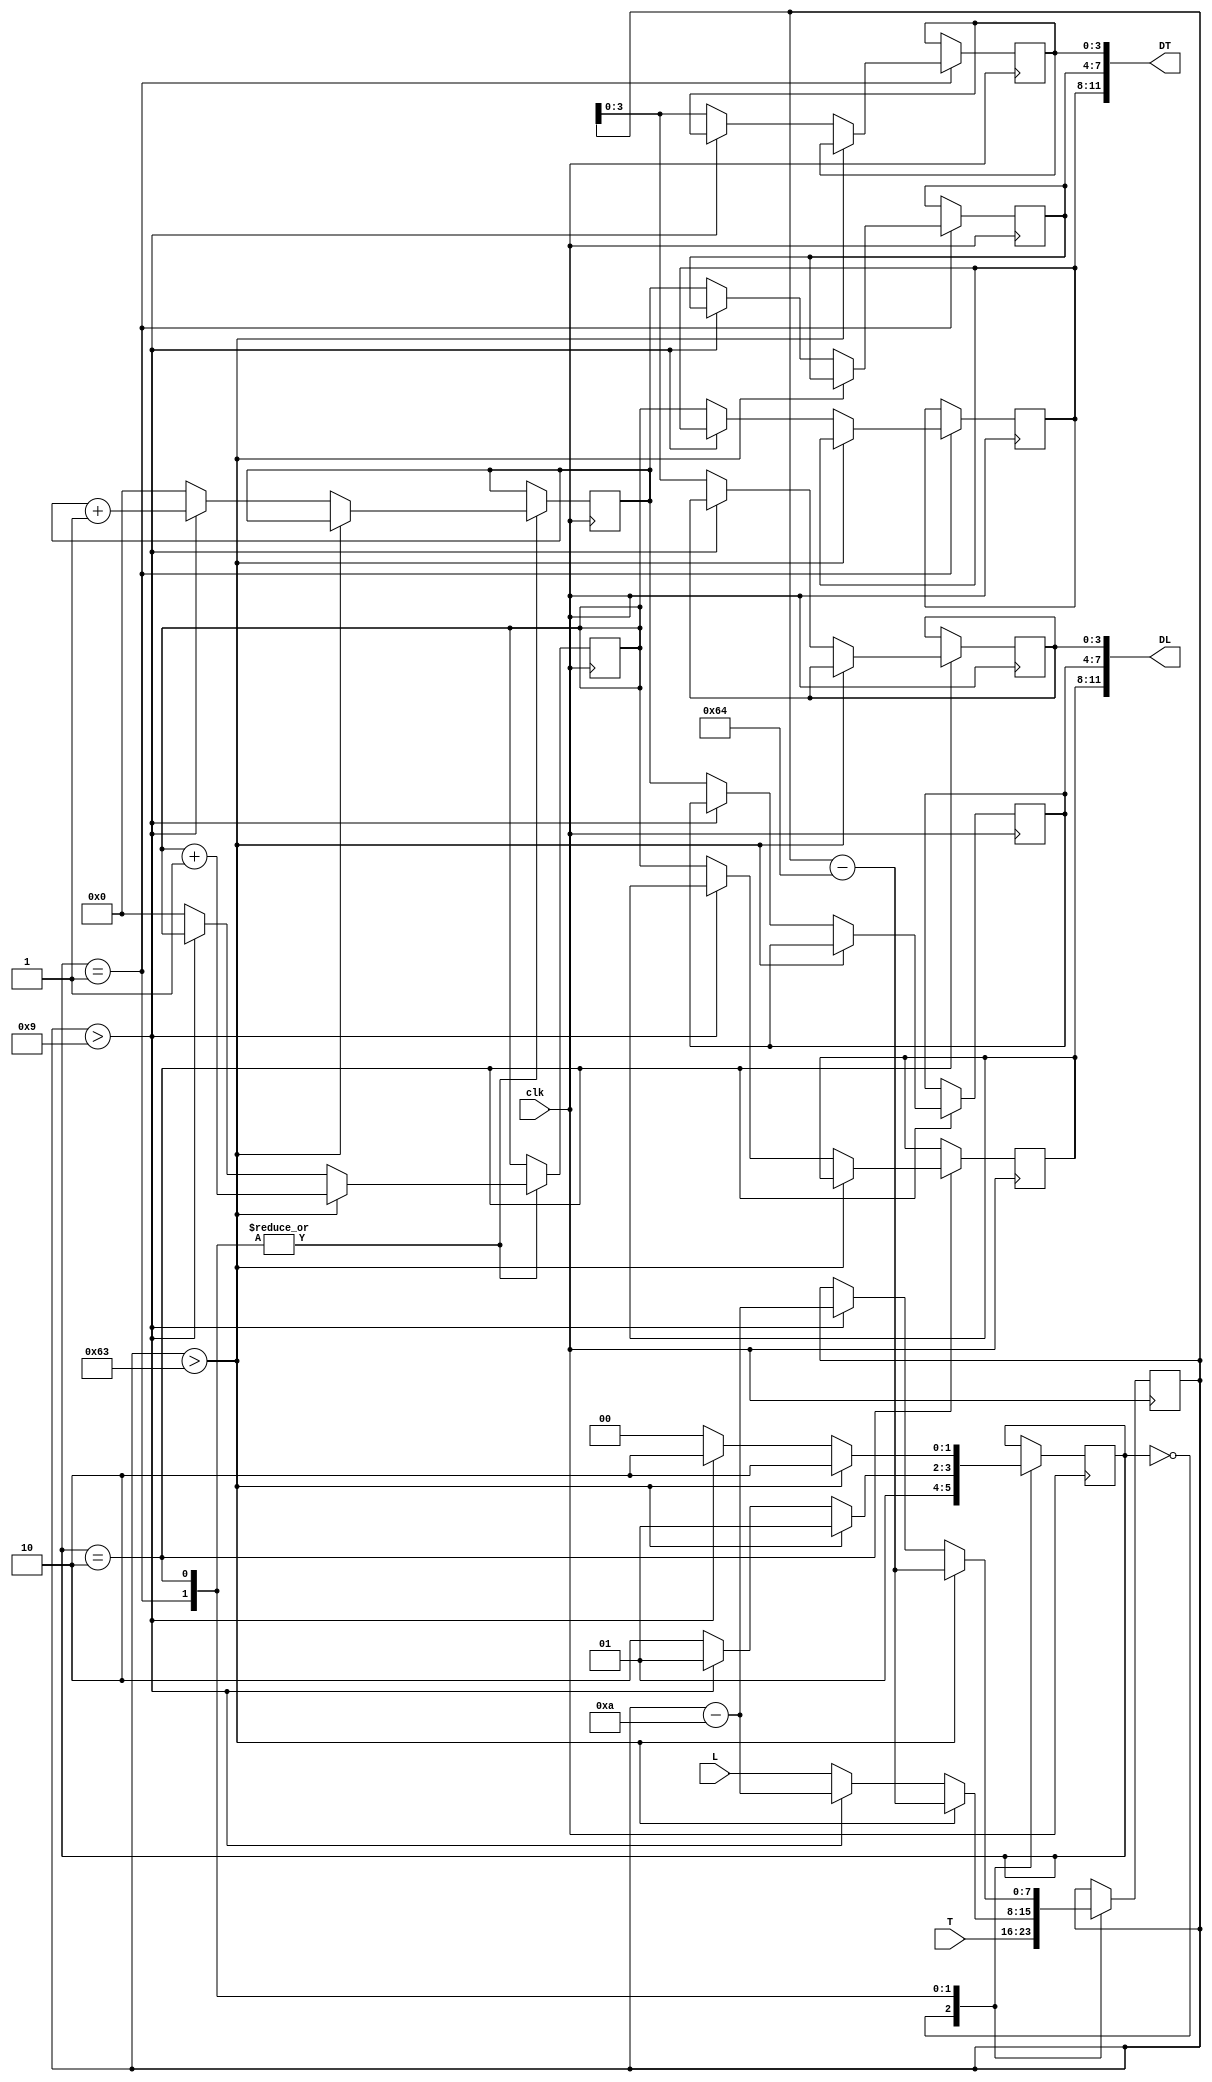
`timescale 1ns / 1ps
//////////////////////////////////////////////////////////////////////////////////
// Company: 
// Engineer: 
// 
// Design Name: 
// Module Name:    b2bcd 
// Project Name: 
// Target Devices: 
// Tool versions: 
// Description: 
//
// Dependencies: 
//
// Revision: 
// Revision 0.01 - File Created
// Additional Comments: 
//
//////////////////////////////////////////////////////////////////////////////////
module b2bcd(
	 input clk,
    input [7:0] T, L,
    
    output [11:0] DT,
	 output [11:0] DL
    );

reg [1:0] state;
reg [7:0] R;
reg [3:0] D2t, D1t;
reg [3:0] DT2, DT1, DT0, DL2, DL1, DL0;
initial state = 0; 
initial D2t = 0; initial D1t = 0;
always@( posedge clk)
begin
	case(state)
		0:begin R<=T; state <= 1; end
		1:begin 	if (R>99)
						begin
							D2t <= D2t+1;
							R <= R - 100;
							state <=1;
						end
					else
						begin
							if (R>9)
								begin
									D1t<= D1t +1;
									R <= R - 10;
									state <=1;
								end
							else
								begin
									DT0 <= R[3:0];
									DT2 <= D2t;
									DT1 <= D1t;
									R <= L;
									D2t <= 0;
									D1t <= 0;
									state <= 2;
								end
						end		
			end
		2:begin 	if (R>99)
						begin
								D2t <= D2t+1;
								R <= R - 100;
								state <=2;
						end
					else
						begin
							if (R>9)
								begin
									D1t<= D1t +1;
									R <= R - 10;
									state <=2;
								end
							else
								begin
									DL0 <= R[3:0];
									DL2 <= D2t;
									DL1 <= D1t;					
									D2t <= 0;
									D1t <= 0;
									state <= 0;
								end
						end		
			end			
	endcase
end
assign DT = {DT2,DT1,DT0};
assign DL = {DL2,DL1,DL0};
endmodule